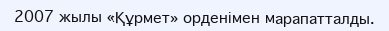
2007 жылы «Құрмет» орденімен марапатталды.